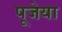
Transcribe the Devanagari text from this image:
पूजेया